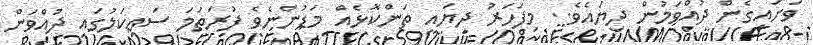
ވަށައިގެން ދުއްވަމުން ދިޔައެވެ.. މިފަހަރު ދިޔައީ ތަންކޮޅެއް މަޑުންނެވެ ފުރަތަމަ ސައިކަލުގައި ދުއްވަން